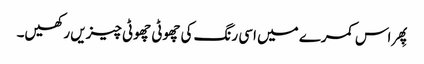
پِھر اس کمرے میں اسی رنگ کی چھوٹی چھوٹی چیزیں رکھیں۔